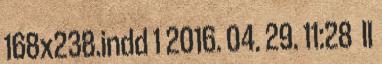
168x238.indd 1 2016. 04. 29. 11:28 II